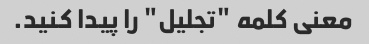
معنی کلمه "تجلیل" را پیدا کنید.